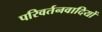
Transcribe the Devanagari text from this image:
परिवर्तनवादियों